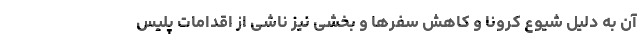
آن به دلیل شیوع کرونا و کاهش سفرها و بخشی نیز ناشی از اقدامات پلیس